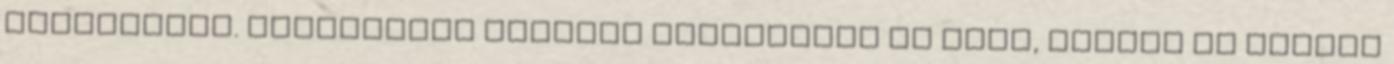
Aszpasziát. Legnagyobb családi vesztesége az volt, amikor az athéni